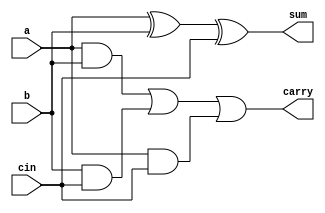
module fulladderfour(
input  a,
input  b,
input cin,
output  sum,
output  carry
    );
    assign sum = a^b^cin;
    assign carry = (a&b)|(b&cin)|(a&cin);
endmodule